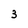
Character: 3